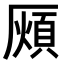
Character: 𭆖